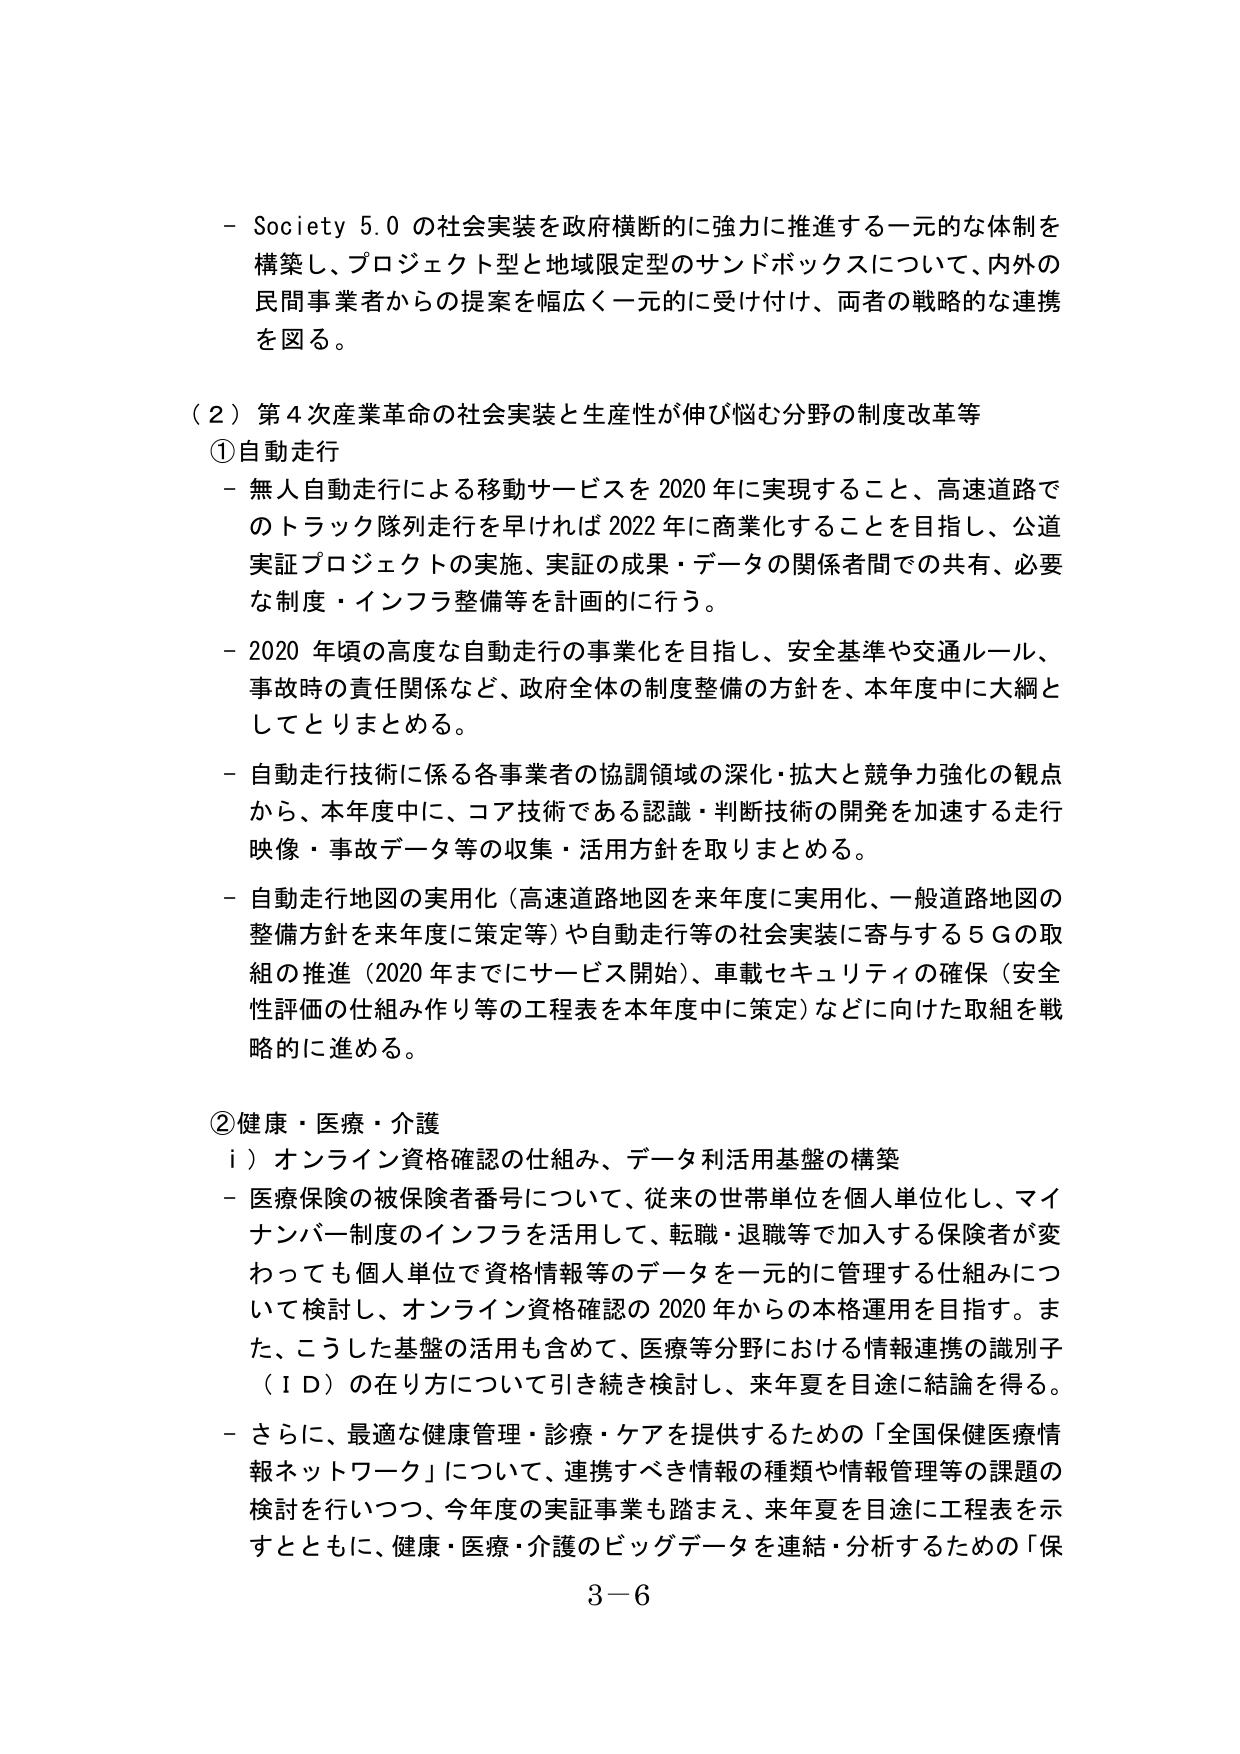
- Society 5.0 の社会実装を政府横断的に強力に推進する一元的な体制を構築し、プロジェクト型と地域限定型のサンドボックスについて、内外の民間事業者からの提案を幅広く一元的に受け付け、両者の戦略的な連携を図る。

（２）第４次産業革命の社会実装と生産性が伸び悩む分野の制度改革等

①自動走行
- 無人自動走行による移動サービスを2020年に実現すること、高速道路でのトラック隊列走行を早ければ2022年に商業化することを目指し、公道実証プロジェクトの実施、実証の成果・データの関係者間での共有、必要な制度・インフラ整備等を計画的に行う。
- 2020年頃の高度な自動走行の事業化を目指し、安全基準や交通ルール、事故時の責任関係など、政府全体の制度整備の方針を、本年度中に大綱としてとりまとめる。
- 自動走行技術に係る各事業者の協調領域の深化・拡大と競争力強化の観点から、本年度中に、コア技術である認識・判断技術の開発を加速する走行映像・事故データ等の収集・活用方針を取りまとめる。
- 自動走行地図の実用化（高速道路地図を来年度に実用化、一般道路地図の整備方針を来年度に策定等）や自動走行等の社会実装に寄与する5Gの取組の推進（2020年までにサービス開始）、車載セキュリティの確保（安全性評価の仕組み作り等の工程表を本年度中に策定）などに向けた取組を戦略的に進める。

②健康・医療・介護
ⅰ）オンライン資格確認の仕組み、データ利活用基盤の構築
- 医療保険の被保険者番号について、従来の世帯単位を個人単位化し、マイナンバー制度のインフラを活用して、転職・退職等で加入する保険者が変わっても個人単位で資格情報等のデータを一元的に管理する仕組みについて検討し、オンライン資格確認の2020年からの本格運用を目指す。また、こうした基盤の活用も含めて、医療等分野における情報連携の識別子（ＩＤ）の在り方について引き続き検討し、来年夏を目途に結論を得る。
- さらに、最適な健康管理・診療・ケアを提供するための「全国保健医療情報ネットワーク」について、連携すべき情報の種類や情報管理等の課題の検討を行いつつ、今年度の実証事業も踏まえ、来年夏を目途に工程表を示すとともに、健康・医療・介護のビッグデータを連結・分析するための「保

3－6